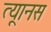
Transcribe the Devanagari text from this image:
त्यूानस